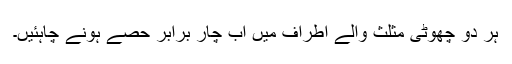
ہر دو چھوٹی مثلث والے اطراف میں اب چار برابر حصے ہونے چاہئیں۔